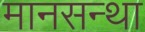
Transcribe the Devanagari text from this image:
मानसन्था